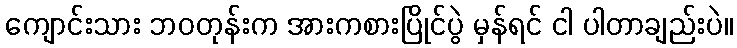
ကျောင်းသား ဘဝတုန်းက အားကစားပြိုင်ပွဲ မှန်ရင် ငါ ပါတာချည်းပဲ။